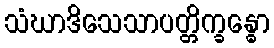
သံဃာဒိသေသာပတ္တိက္ခန္ဓော